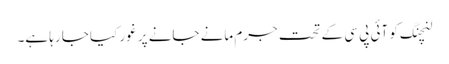
لنچنگ کو آئی پی سی کے تحت جرم مانے جانے پر غور کیا جا رہا ہے۔